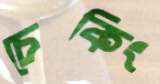
চেকিং